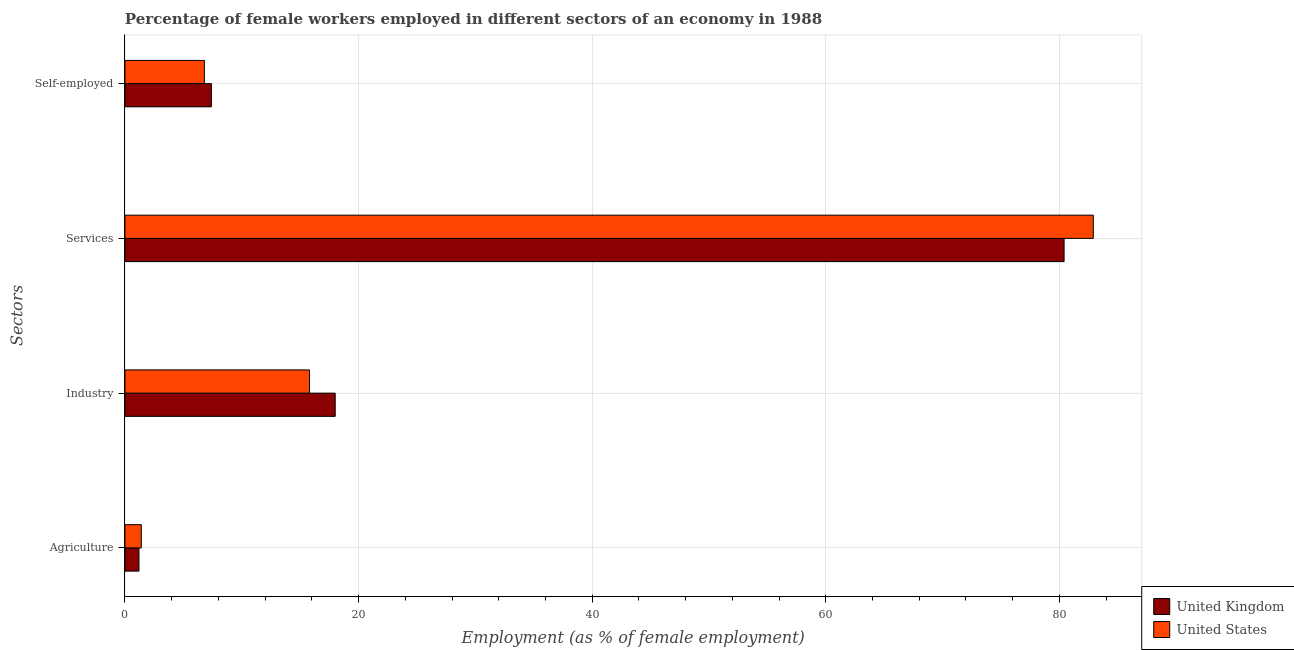
| Sectors | United Kingdom | United States |
 | --- | --- | --- |
 | Agriculture | 1.2 | 1.4 |
 | Industry | 18 | 15.8 |
 | Services | 80.4 | 82.9 |
 | Self-employed | 7.4 | 6.8 |